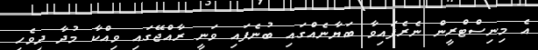
އެ މިނިސްޓްރީން ނެރެފައިވާ ބަޔާނެއްގައި ބުނެފައި ވަނީ ރާއްޖޭގައި ވިއްކާ މުދާ ދިވެހި